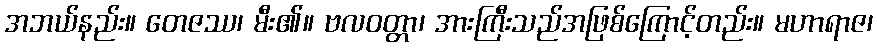
အဘယ်နည်း။ တေဇဿ၊ မီး၏။ ဗလဝတ္တာ၊ အားကြီးသည်အဖြစ်ကြောင့်တည်း။ မဟာရာဇ၊